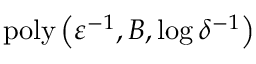
\mathrm { p o l y } \left( \varepsilon ^ { - 1 } , B , \log \delta ^ { - 1 } \right)